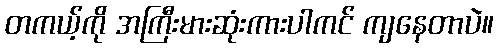
တကယ့်ကို အကြီးမားဆုံးကားပါကင် ကျနေတာပဲ။